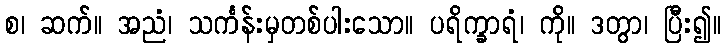
စ၊ ဆက်။ အညံ၊ သင်္ကန်းမှတစ်ပါးသော။ ပရိက္ခာရံ၊ ကို။ ဒတွာ၊ ပြီး၍။